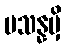
ပသန္နမှိ